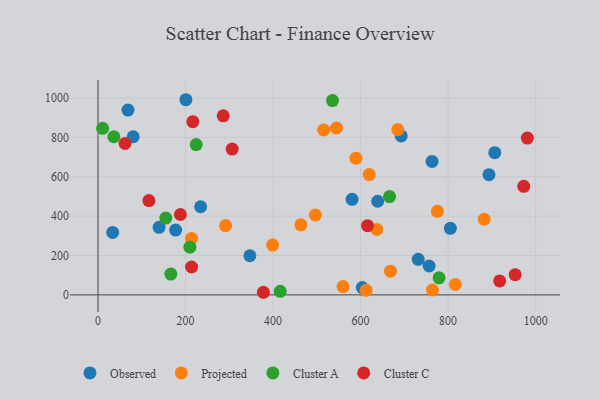
{"axis": {"x": "Engine Size", "y": "Yield"}, "legend": ["Cluster A", "Cluster C", "Observed", "Projected"], "data": [{"x": "200.8", "y": 991.5, "type": "Observed"}, {"x": "139.5", "y": 343.5, "type": "Observed"}, {"x": "234.5", "y": 447.7, "type": "Observed"}, {"x": "756.6", "y": 146.9, "type": "Observed"}, {"x": "603.9", "y": 37.2, "type": "Observed"}, {"x": "580.6", "y": 485.6, "type": "Observed"}, {"x": "639.0", "y": 475.7, "type": "Observed"}, {"x": "763.2", "y": 677.8, "type": "Observed"}, {"x": "33.5", "y": 317.3, "type": "Observed"}, {"x": "68.4", "y": 938.7, "type": "Observed"}, {"x": "347.0", "y": 198.9, "type": "Observed"}, {"x": "906.6", "y": 722.7, "type": "Observed"}, {"x": "731.6", "y": 180.5, "type": "Observed"}, {"x": "80.3", "y": 803.3, "type": "Observed"}, {"x": "692.8", "y": 807.4, "type": "Observed"}, {"x": "177.3", "y": 329.1, "type": "Observed"}, {"x": "805.1", "y": 338.4, "type": "Observed"}, {"x": "893.3", "y": 610.7, "type": "Observed"}, {"x": "882.4", "y": 384.2, "type": "Projected"}, {"x": "213.7", "y": 286.8, "type": "Projected"}, {"x": "589.3", "y": 694.7, "type": "Projected"}, {"x": "544.9", "y": 847.8, "type": "Projected"}, {"x": "559.9", "y": 42.2, "type": "Projected"}, {"x": "619.8", "y": 611.0, "type": "Projected"}, {"x": "816.5", "y": 52.7, "type": "Projected"}, {"x": "668.3", "y": 120.4, "type": "Projected"}, {"x": "612.7", "y": 23.4, "type": "Projected"}, {"x": "637.0", "y": 332.8, "type": "Projected"}, {"x": "515.7", "y": 837.8, "type": "Projected"}, {"x": "399.0", "y": 253.1, "type": "Projected"}, {"x": "764.2", "y": 24.6, "type": "Projected"}, {"x": "685.0", "y": 839.7, "type": "Projected"}, {"x": "291.5", "y": 352.0, "type": "Projected"}, {"x": "775.6", "y": 424.4, "type": "Projected"}, {"x": "496.6", "y": 405.8, "type": "Projected"}, {"x": "463.6", "y": 355.9, "type": "Projected"}, {"x": "224.3", "y": 763.4, "type": "Cluster A"}, {"x": "36.1", "y": 803.3, "type": "Cluster A"}, {"x": "416.3", "y": 18.3, "type": "Cluster A"}, {"x": "209.9", "y": 242.2, "type": "Cluster A"}, {"x": "535.8", "y": 987.2, "type": "Cluster A"}, {"x": "666.2", "y": 499.5, "type": "Cluster A"}, {"x": "779.3", "y": 86.8, "type": "Cluster A"}, {"x": "154.8", "y": 390.5, "type": "Cluster A"}, {"x": "10.5", "y": 846.4, "type": "Cluster A"}, {"x": "166.4", "y": 106.0, "type": "Cluster A"}, {"x": "213.8", "y": 141.7, "type": "Cluster C"}, {"x": "188.3", "y": 408.4, "type": "Cluster C"}, {"x": "972.8", "y": 551.5, "type": "Cluster C"}, {"x": "377.9", "y": 13.3, "type": "Cluster C"}, {"x": "61.8", "y": 769.3, "type": "Cluster C"}, {"x": "116.3", "y": 479.1, "type": "Cluster C"}, {"x": "286.1", "y": 909.9, "type": "Cluster C"}, {"x": "917.8", "y": 70.9, "type": "Cluster C"}, {"x": "615.9", "y": 351.5, "type": "Cluster C"}, {"x": "981.1", "y": 796.8, "type": "Cluster C"}, {"x": "216.6", "y": 880.0, "type": "Cluster C"}, {"x": "953.2", "y": 102.5, "type": "Cluster C"}, {"x": "306.6", "y": 740.6, "type": "Cluster C"}]}